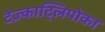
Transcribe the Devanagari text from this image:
टेज़्काट्लिपोका